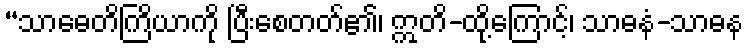
“သာဓေတိကြိယာကို ပြီးစေတတ်၏၊ ဣတိ-ထို့ကြောင့်၊ သာဓနံ-သာဓန